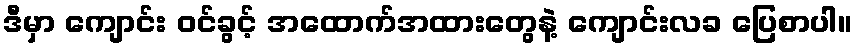
ဒီမှာ ကျောင်း ဝင်ခွင့် အထောက်အထားတွေနဲ့ ကျောင်းလခ ပြေစာပါ။